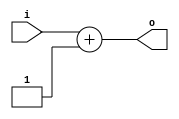
module dram(input [3:0] i, output [4:0] o);
`ifdef UNPACKED
reg val [0:0];
`else
reg [0:0] val;
`endif
initial val[0] = 1'h1;
assign o = i + val[0];
endmodule